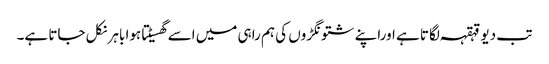
تب دیو قہقہہ لگاتا ہے اوراپنے شتونگڑوں کی ہم راہی میں اسے گھسیٹتا ہوا باہر نکل جاتا ہے۔